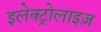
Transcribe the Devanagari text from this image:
इलेक्ट्रोलाइज़